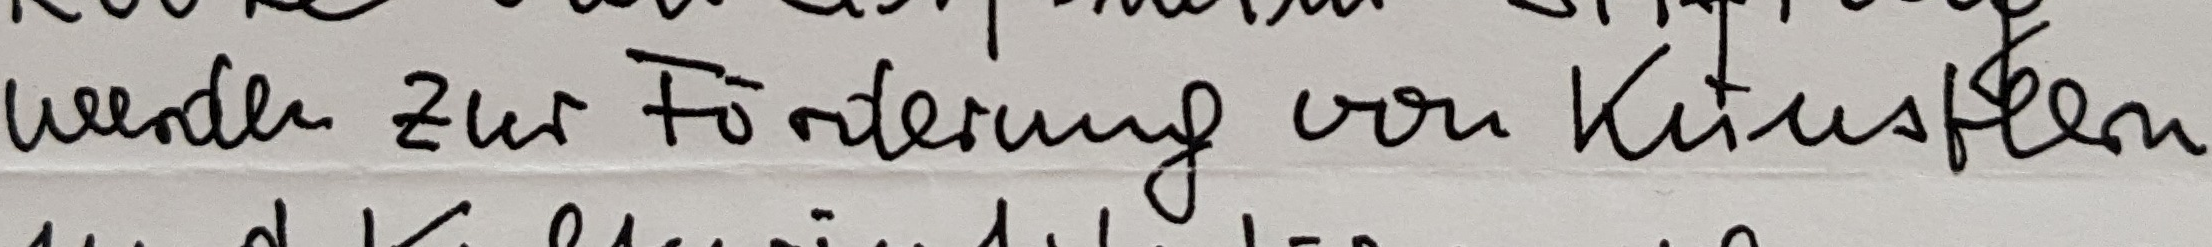
werden zur Förderung von Künstlern